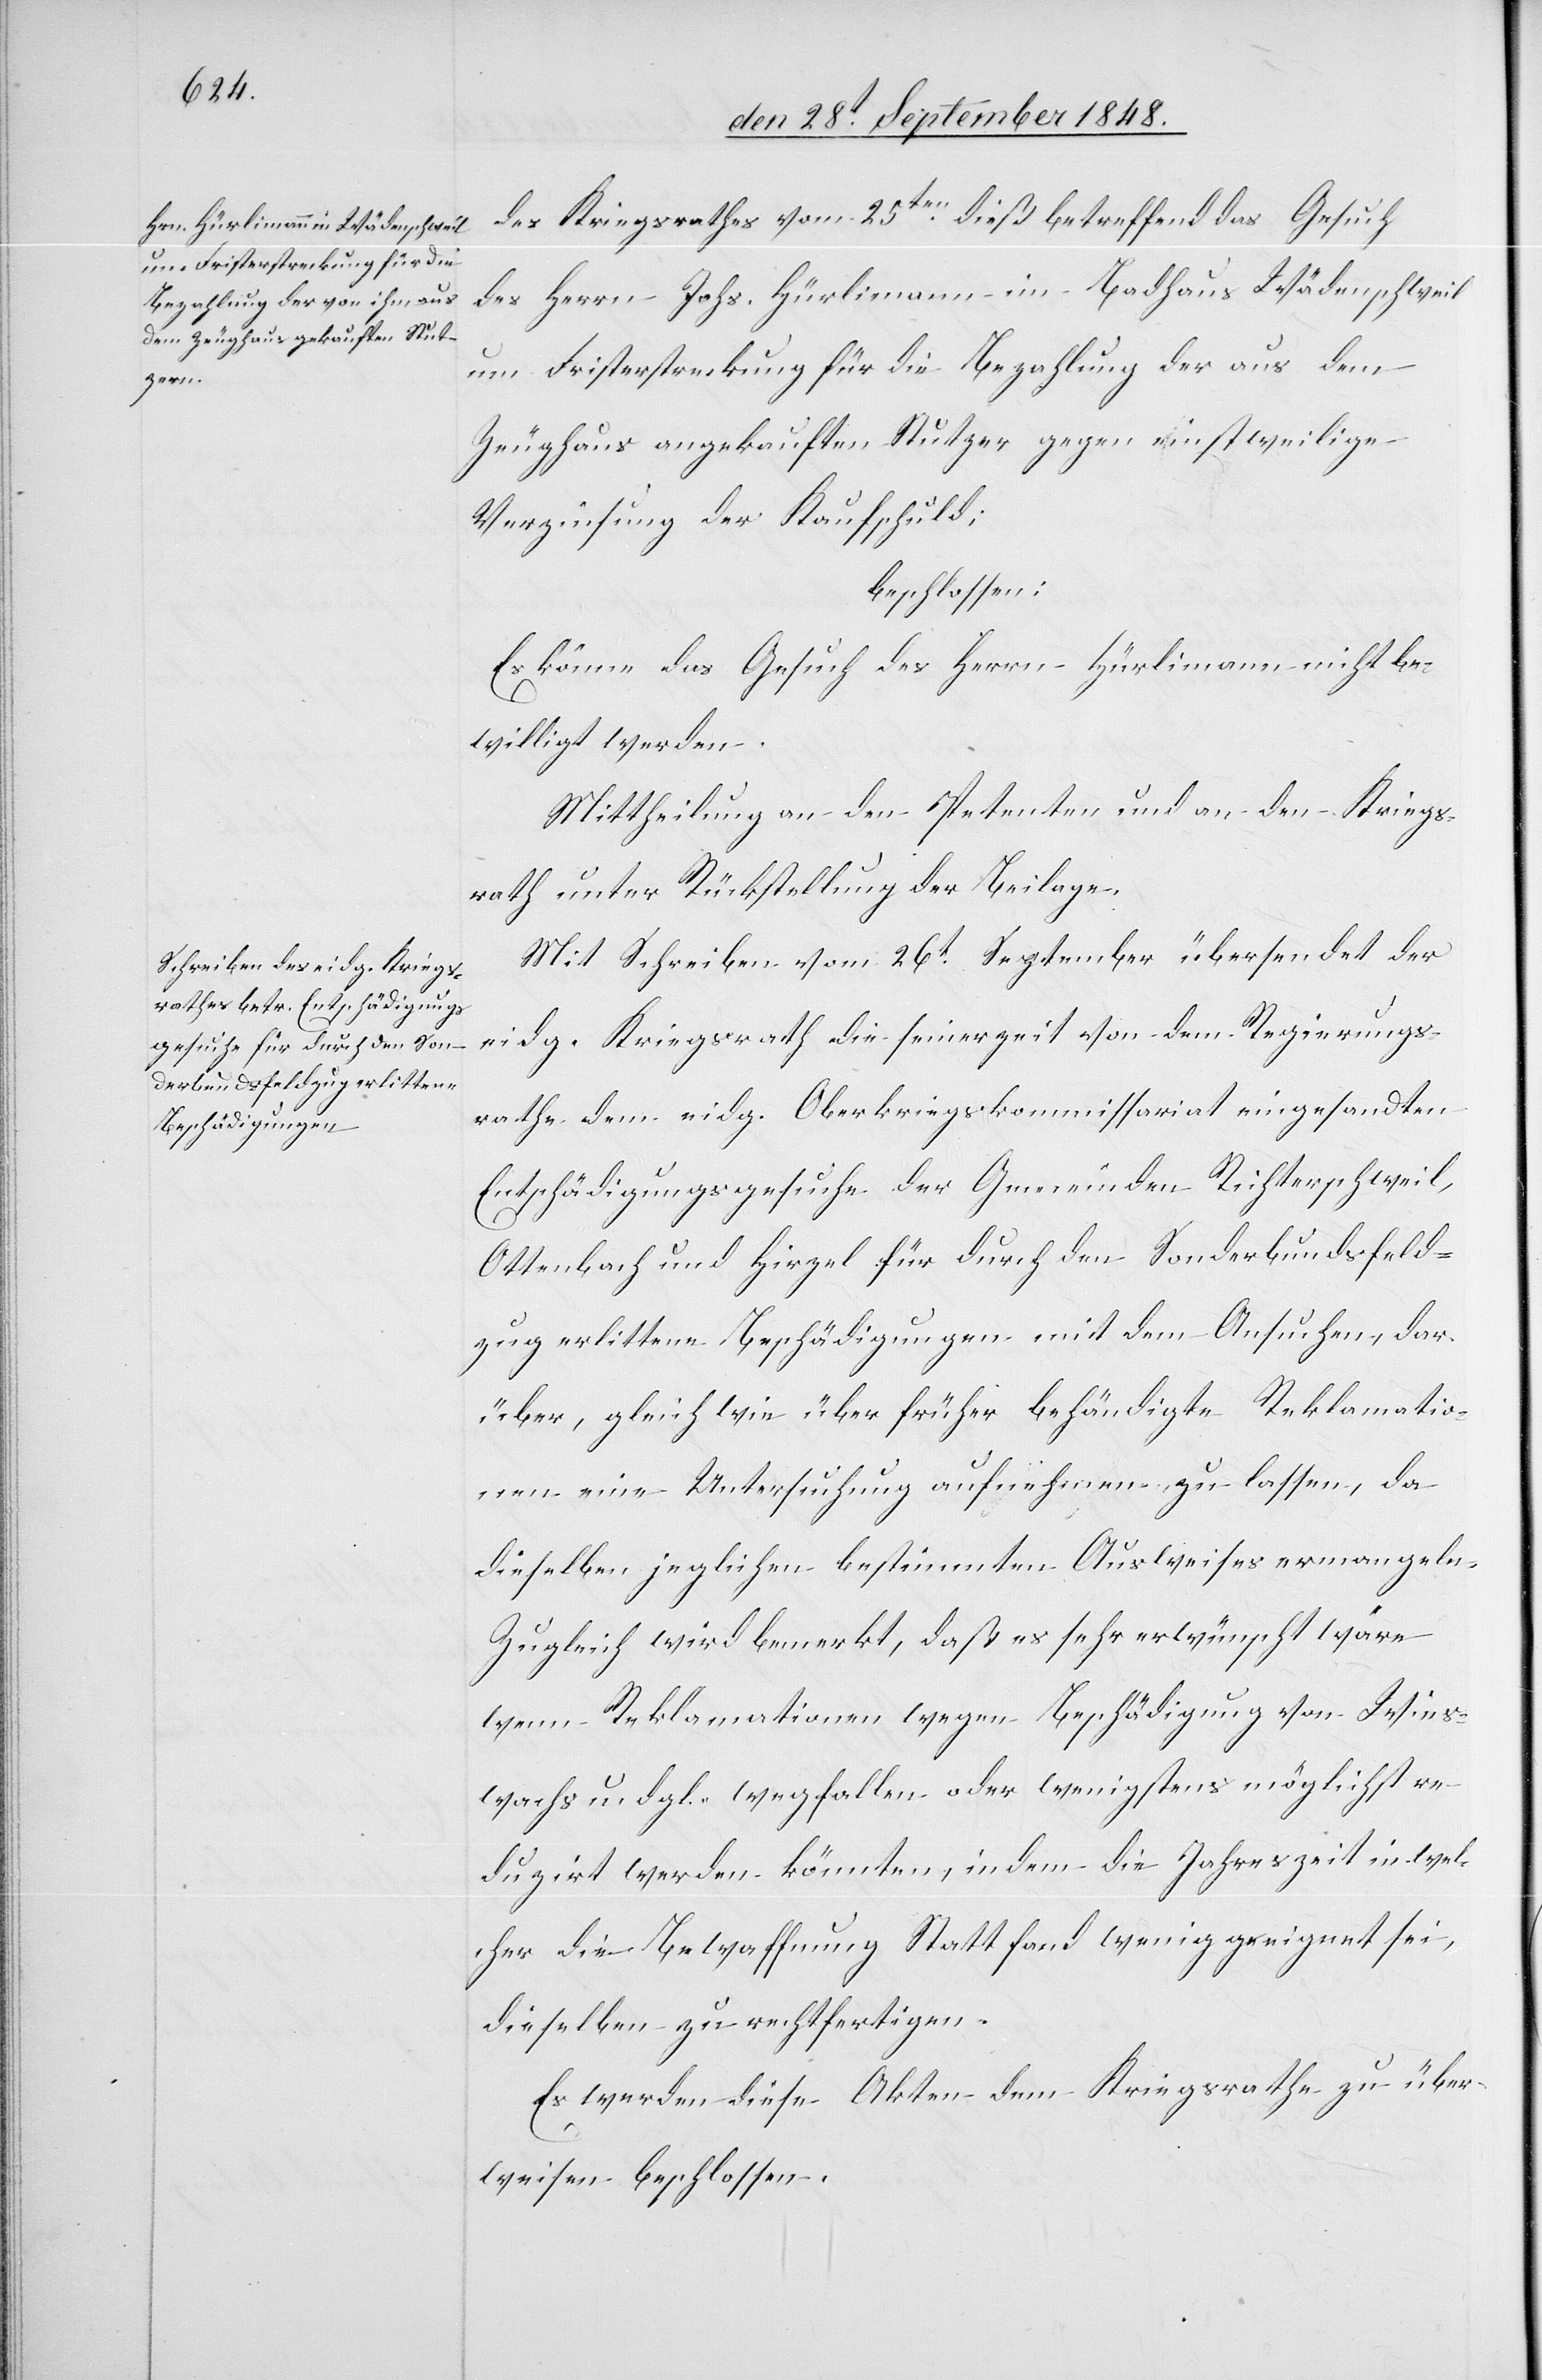
des Kriegsrathes vom 25ten dieß betreffend das Gesuch
des Herrn Johs. Hürlimann im Badhaus Wädenschweil
um Fristerstreckung für die Bezahlung der aus dem
Zeughaus angekauften Stutzer gegen einstweilige
Verzinsung der Kaufschuld;
beschlossen:
Es könne das Gesuch des Herrn Hürlimann nicht be¬
willigt werden.
Mittheilung an den Petenten und an den Kriegs¬
rath unter Rückstellung der Beilage.
Mit Schreiben vom 26t September übersendet der
eidg. Kriegsrath die seinerzeit von dem Regierungs¬
rathe dem eidg. Oberkriegskommissariat eingesandten
Entschädigungsgesuche der Gemeinden Richterschweil,
Ottenbach und Hirzel für durch den Sonderbundsfeld¬
zug erlittene Beschädigungen mit dem Ansuchen, dar¬
über, gleich wie über früher behändigte Reklamatio¬
nen eine Untersuchung aufnehmen zu lassen, da
dieselben jeglichen bestimmten Ausweises ermangeln.
Zugleich wird bemerkt, daß es sehr erwünscht wäre
wenn Reklamationen wegen Beschädigung von Wies¬
wachs u. dgl. wegfallen oder wenigstens möglichst re¬
duzirt werden könnten, indem die Jahreszeit in wel¬
cher die Bewaffnung Statt fand wenig geeignet sei,
dieselben zu rechtfertigen.
Es werden diese Akten dem Kriegsrathe zu über¬
weisen beschlossen.